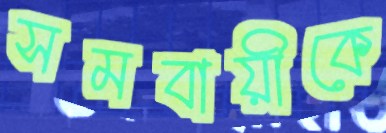
সমবায়ীকে